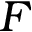
F